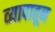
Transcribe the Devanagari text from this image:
व्यापातून